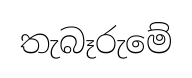
තැබෑරුමේ